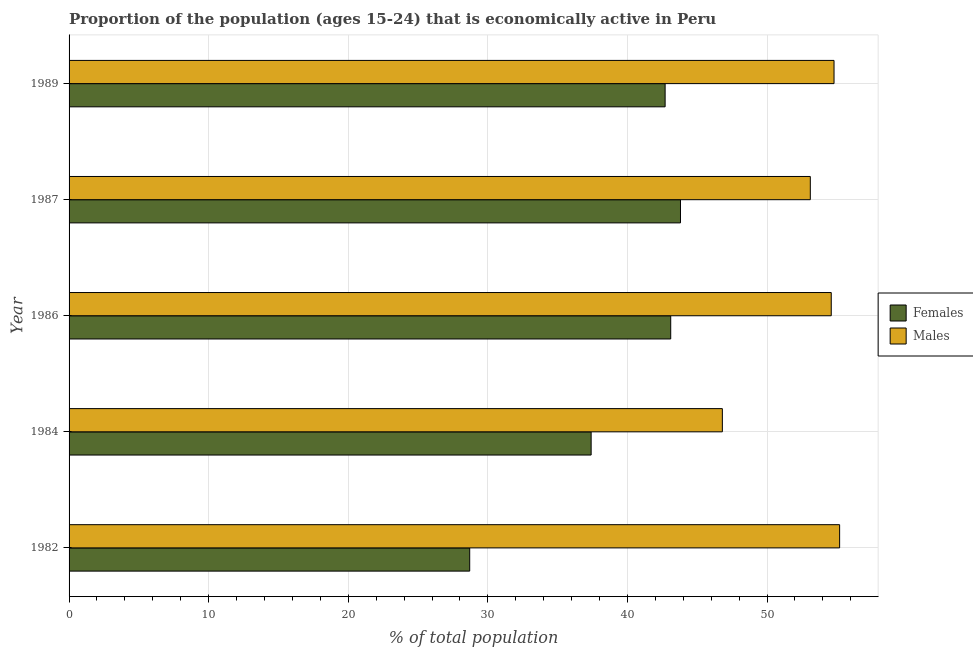
| Year | Females | Males |
 | --- | --- | --- |
 | 1982 | 28.7 | 55.2 |
 | 1984 | 37.4 | 46.8 |
 | 1986 | 43.1 | 54.6 |
 | 1987 | 43.8 | 53.1 |
 | 1989 | 42.7 | 54.8 |